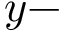
y -